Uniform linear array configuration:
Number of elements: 4
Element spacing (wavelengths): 1
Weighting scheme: kaiser
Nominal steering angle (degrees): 0
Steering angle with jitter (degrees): -0.2129
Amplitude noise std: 0.05
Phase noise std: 0.05

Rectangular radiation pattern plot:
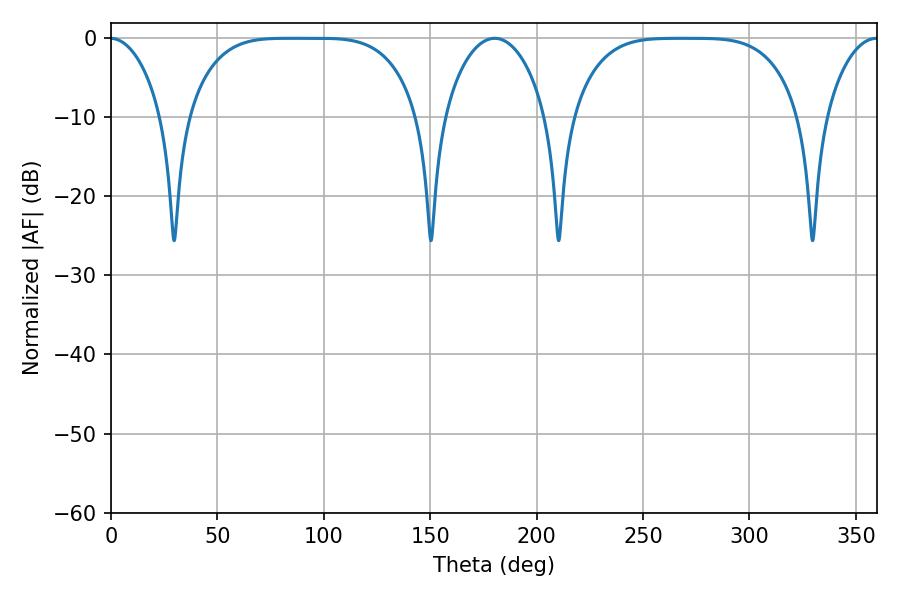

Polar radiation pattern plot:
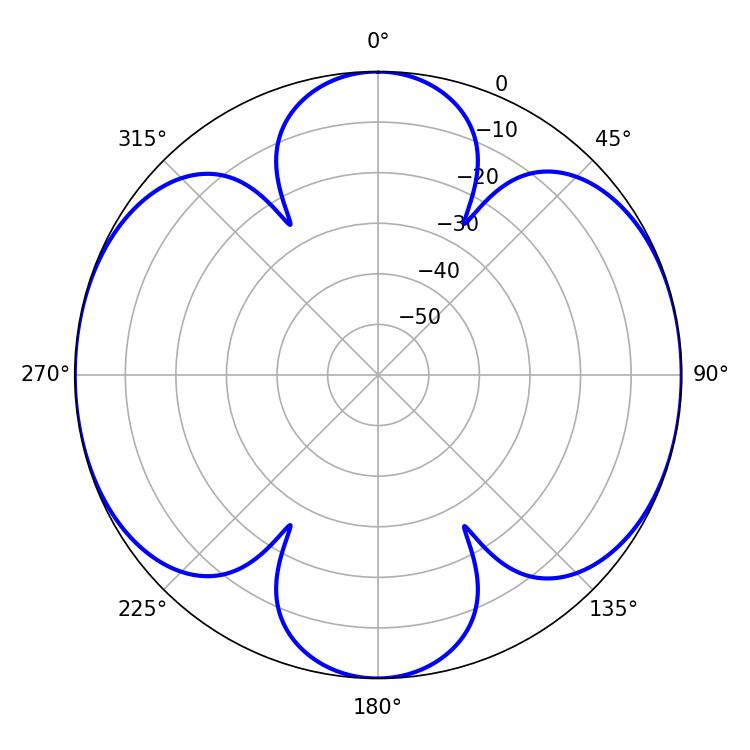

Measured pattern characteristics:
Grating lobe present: TRUE
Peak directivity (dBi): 19.476
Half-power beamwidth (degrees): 81.36
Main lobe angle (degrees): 84.24